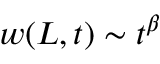
w ( L , t ) \sim t ^ { \beta }